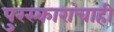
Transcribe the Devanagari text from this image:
पुरस्कारांचाही